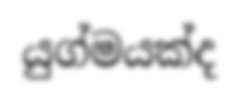
යුග්මයක්ද